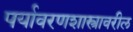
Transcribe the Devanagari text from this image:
पर्यावरणशास्त्रावरील